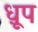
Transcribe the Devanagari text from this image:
ध़ूप